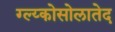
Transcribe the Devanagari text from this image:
ग्ल्य्कोसोलातेद